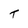
Character: T